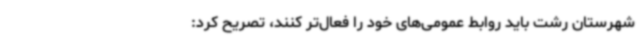
شهرستان رشت باید روابط عمومی‌های خود را فعال‌تر کنند، تصریح کرد: